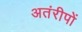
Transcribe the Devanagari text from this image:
अतंरीपों